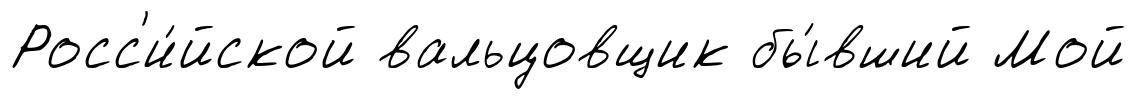
Росс'и́йской вальцовщик бы́вший Мой